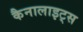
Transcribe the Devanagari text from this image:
कैनालाइट्स